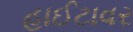
હાઈટાવર